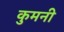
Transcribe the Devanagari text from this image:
कुमनी